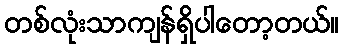
တစ်လုံးသာကျန်ရှိပါတော့တယ်။